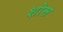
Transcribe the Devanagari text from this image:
शोस